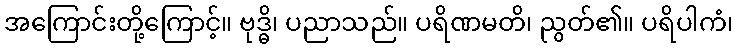
အကြောင်းတို့ကြောင့်။ ဗုဒ္ဓိ၊ ပညာသည်။ ပရိဏမတိ၊ ညွတ်၏။ ပရိပါကံ၊